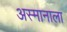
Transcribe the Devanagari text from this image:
अस्मानाला